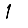
Digit: 1